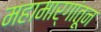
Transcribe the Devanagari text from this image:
महामार्गांतून